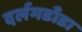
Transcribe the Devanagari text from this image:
दर्लमडाँडा